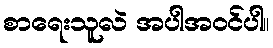
စာရေးသူလဲ အပါအဝင်ပါ။